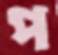
প